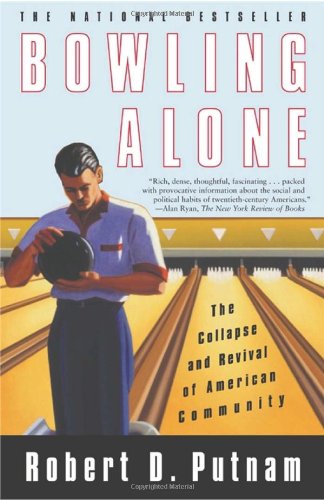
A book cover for Bowling Alone: The Collapse and Revival of American Community; Robert D. Putnam; Politics & Social Sciences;